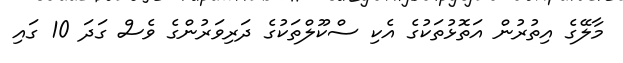
މާލޭގެ އިތުރުން އަތޮޅުތަކުގެ އެކި ސްކޫލްތަކުގެ ދަރިވަރުންގެ ވެސް ގަދަ 10 ގައި